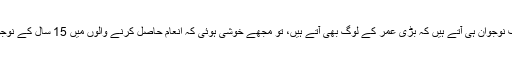
جب میں نے اس کا تجزیہ پوچھا کہ بھئی، دیکھئے صرف نوجوان ہی آتے ہیں کہ بڑی عمر کے لوگ بھی آتے ہیں، تو مجھے خوشی ہوئی کہ انعام حاصل کرنے والوں میں 15 سال کے نوجوان بھی ہیں، تو پینسٹھ سے ستر سال کے بزرگ بھی ہیں۔